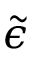
\Tilde { \epsilon }